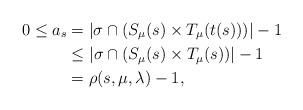
LaTeX: \begin{align*}0 \le a_s &= |\sigma \cap (S_\mu(s) \times T_\mu(t(s)))| - 1 \\&\le |\sigma \cap (S_\mu(s) \times T_\mu(s))| - 1 \\&= \rho(s,\mu,\lambda) - 1,\end{align*}